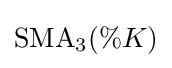
\mathrm {SMA} _{3}(\%K)